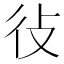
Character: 𫹏